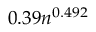
0 . 3 9 n ^ { 0 . 4 9 2 }